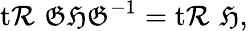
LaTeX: \operatorname{t\mathcal{R}}\, {\mathfrak{{GHG}}}^{-1}=\operatorname{t\mathcal{R}}\, {\mathfrak{{H}}},